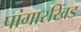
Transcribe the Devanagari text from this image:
पांगारखिंड